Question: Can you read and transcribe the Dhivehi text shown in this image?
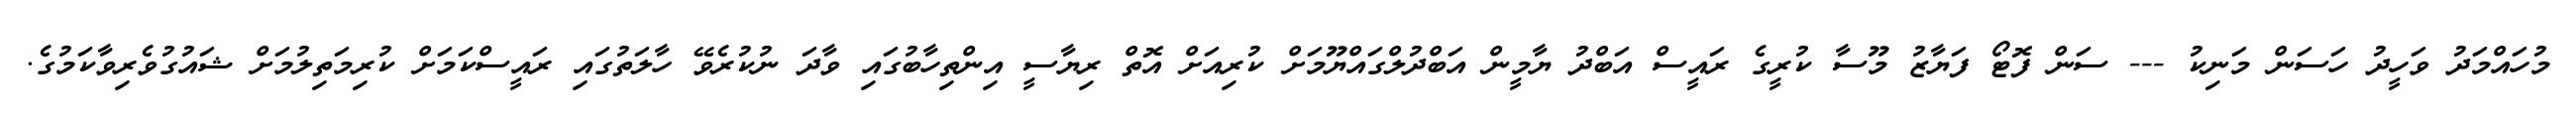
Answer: މުހައްމަދު ވަހީދު ހަސަން މަނިކު --- ސަން ފޮޓޯ ފަޔާޒު މޫސާ ކުރީގެ ރައީސް އަބްދު ޔާމީން އަބްދުލްގައްޔޫމަށް ކުރިއަށް އޮތް ރިޔާސީ އިންތިހާބުގައި ވާދަ ނުކުރެވޭ ހާލަތުގައި ރައީސްކަމަށް ކުރިމަތިލުމަށް ޝައުގުވެރިވާކަމުގެ.